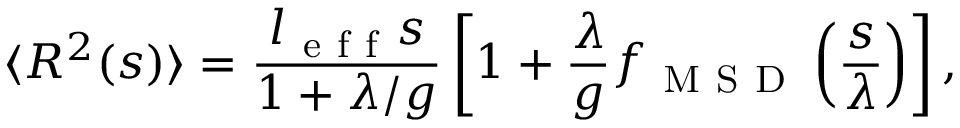
\langle R ^ { 2 } ( s ) \rangle = \frac { l _ { \mathrm { ~ e ~ f ~ f ~ } } s } { 1 + \lambda / g } \left[ 1 + \frac { \lambda } { g } f _ { \mathrm { ~ M ~ S ~ D ~ } } \left( \frac { s } { \lambda } \right) \right] ,